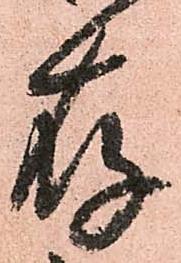
存